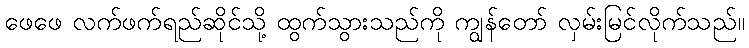
ဖေဖေ လက်ဖက်ရည်ဆိုင်သို့ ထွက်သွားသည်ကို ကျွန်တော် လှမ်းမြင်လိုက်သည်။